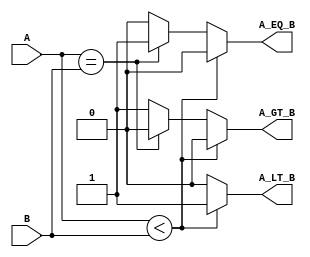
module Comparator #(
    parameter WIDTH = 8  // Default width is 8 bits
) (
    input  [WIDTH-1:0] A,  // First operand
    input  [WIDTH-1:0] B,  // Second operand
    output reg A_LT_B,      // A < B
    output reg A_EQ_B,      // A == B
    output reg A_GT_B       // A > B
);

    // Combinational logic to compare A and B
    always @(*) begin
        // Default outputs
        A_LT_B = 0;
        A_EQ_B = 0;
        A_GT_B = 0;

        // Comparison logic
        if (A < B) begin
            A_LT_B = 1;
            A_EQ_B = 0;
            A_GT_B = 0;
        end else if (A == B) begin
            A_LT_B = 0;
            A_EQ_B = 1;
            A_GT_B = 0;
        end else begin // A > B
            A_LT_B = 0;
            A_EQ_B = 0;
            A_GT_B = 1;
        end
    end

endmodule